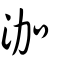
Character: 泇